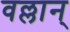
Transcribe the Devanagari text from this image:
वल्लान्